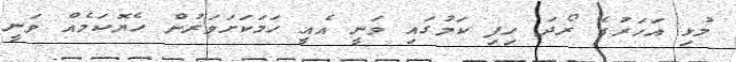
މުޅި އަހަރުގެ ރޯދަ ހިފި ކަމުގައި ވަނީ އެއީ ހަމަކަށަވަރުން ހެޔޮކަމެއް ވަނީ